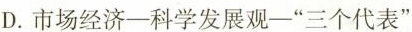
D.市场经济—科学发展观—”三个代表”